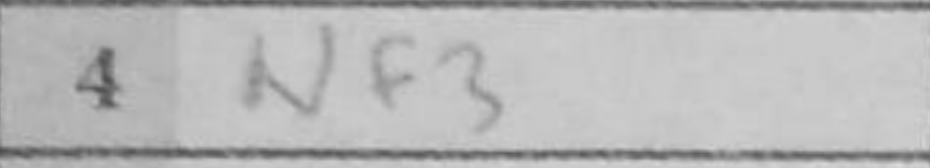
Transcription: Nf3